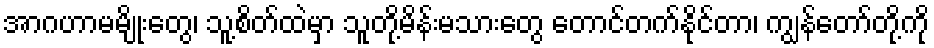
အာဂဟာမမျိုးတွေ၊ သူ့စိတ်ထဲမှာ သူတို့မိန်းမသားတွေ တောင်တက်နိုင်တာ၊ ကျွန်တော်တို့ကို